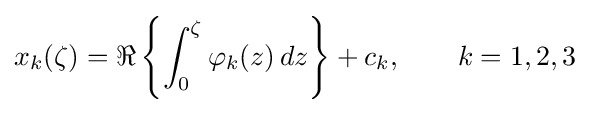
x_{k}(\zeta )=\Re \left\{\int _{0}^{\zeta }\varphi _{k}(z)\,dz\right\}+c_{k},\qquad k=1,2,3